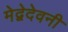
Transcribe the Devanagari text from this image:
मेद्वेदेवनी